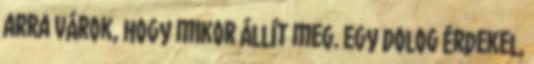
arra várok, hogy mikor állít meg. Egy dolog érdekel,